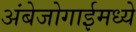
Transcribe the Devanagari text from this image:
अंबेजोगाईमध्ये